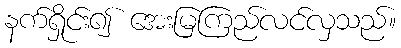
နက်ရှိုင်း၍ အေးမြကြည်လင်လှသည်။